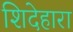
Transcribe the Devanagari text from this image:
शिदेहारा